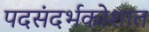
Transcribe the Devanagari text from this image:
पदसंदर्भकोशात